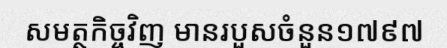
សមត្ថកិច្ចវិញ មានរបួសចំនួន១៧៩៧